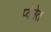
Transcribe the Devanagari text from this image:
प्वेनेत